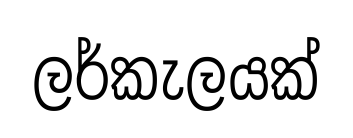
ලර්කැලයක්